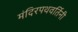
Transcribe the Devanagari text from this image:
मंदिरपथवर्तिनी